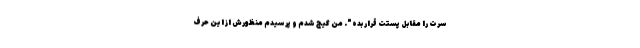
سرت را مقابل پستت قرار بده". من گیج شدم و پرسیدم منظورش از این حرف